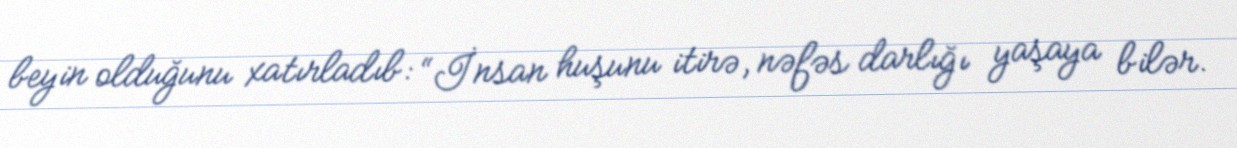
beyin olduğunu xatırladıb: “İnsan huşunu itirə, nəfəs darlığı yaşaya bilər.